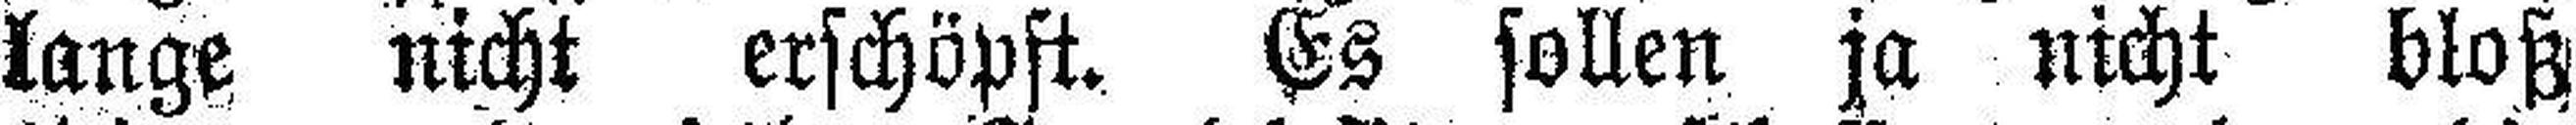
lange nicht erschöpft. Es sollen ja nicht bloß